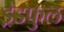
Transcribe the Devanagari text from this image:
ड्रेडफुल